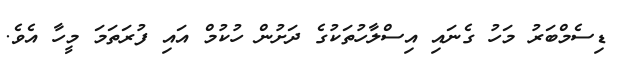
ޑިސެމްބަރު މަހު ގެނައި އިސްލާހުތަކުގެ ދަށުން ހުކުމް އައި ފުރަތަމަ މީހާ އެވެ.